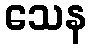
သေန